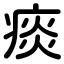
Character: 痰